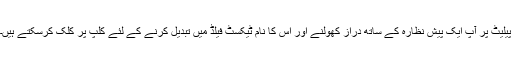
پیلیٹ پر آپ ایک پیش نظارہ کے ساتھ دراز کھولنے اور اس کا نام ٹیکسٹ فیلڈ میں تبدیل کرنے کے لئے کلپ پر کلک کرسکتے ہیں۔